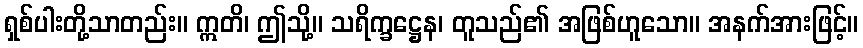
ရှစ်ပါးတို့သာတည်း။ ဣတိ၊ ဤသို့။ သရိက္ခဋ္ဌေန၊ တူသည်၏ အဖြစ်ဟူသော။ အနက်အားဖြင့်။